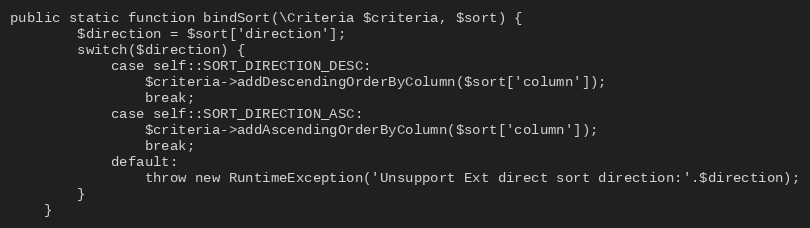
Language: PHP
public static function bindSort(\Criteria $criteria, $sort) {
        $direction = $sort['direction'];
        switch($direction) {
            case self::SORT_DIRECTION_DESC:
                $criteria->addDescendingOrderByColumn($sort['column']);
                break;
            case self::SORT_DIRECTION_ASC:
                $criteria->addAscendingOrderByColumn($sort['column']);
                break;
            default:
                throw new RuntimeException('Unsupport Ext direct sort direction:'.$direction);
        }
    }